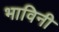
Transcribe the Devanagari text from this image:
भाविनी